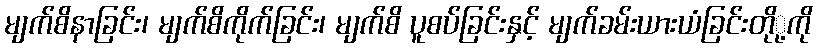
မျက်စိနာခြင်း၊ မျက်စိကိုက်ခြင်း၊ မျက်စိ ပူစပ်ခြင်းနှင့် မျက်ခမ်းယားယံခြင်းတိုု့ကို